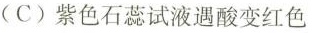
(C)紫色石蕊试液遇酸变红色